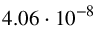
4 . 0 6 \cdot 1 0 ^ { - 8 }